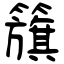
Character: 籏